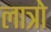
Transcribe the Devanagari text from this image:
लात्रो